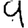
Digit: 9